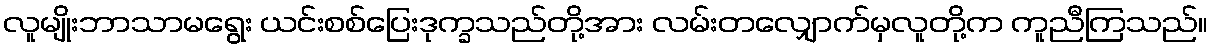
လူမျိုးဘာသာမရွေး ယင်းစစ်ပြေးဒုက္ခသည်တို့အား လမ်းတလျှောက်မှလူတို့က ကူညီကြသည်။